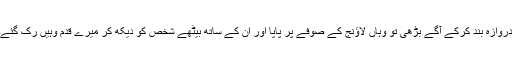
دروازہ بند کرکے آگے بڑھی تو وہاں لاؤنج کے صوفے پر پاپا اور ان کے ساتھ بیٹھے شخص کو دیکھ کر میرے قدم وہیں رک گئے۔